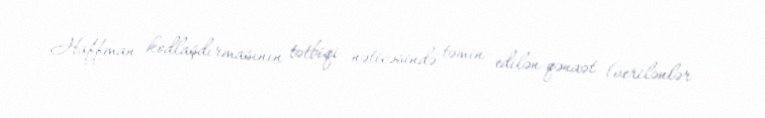
Haffman kodlaşdırmasının tətbiqi nəticəsində təmin edilən qənaət (verilənlər